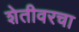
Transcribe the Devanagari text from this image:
शेतीवरचा